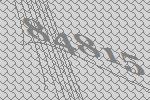
84815